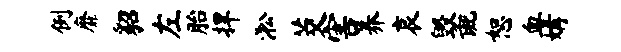
例靡貂左胎捍淞茭害养哀毁彘恕血媾